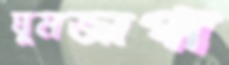
ঘুমজাগা